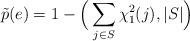
LaTeX: \begin{align*} {\tilde p}(e)=1-\Big(\sum_{j \in S}\chi^2_1(j),\vert S\vert\Big)\end{align*}